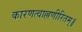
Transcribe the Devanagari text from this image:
कारणत्वाल्लणीरितम्॥